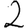
Digit: 2